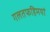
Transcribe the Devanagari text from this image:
गलतफहिमयां